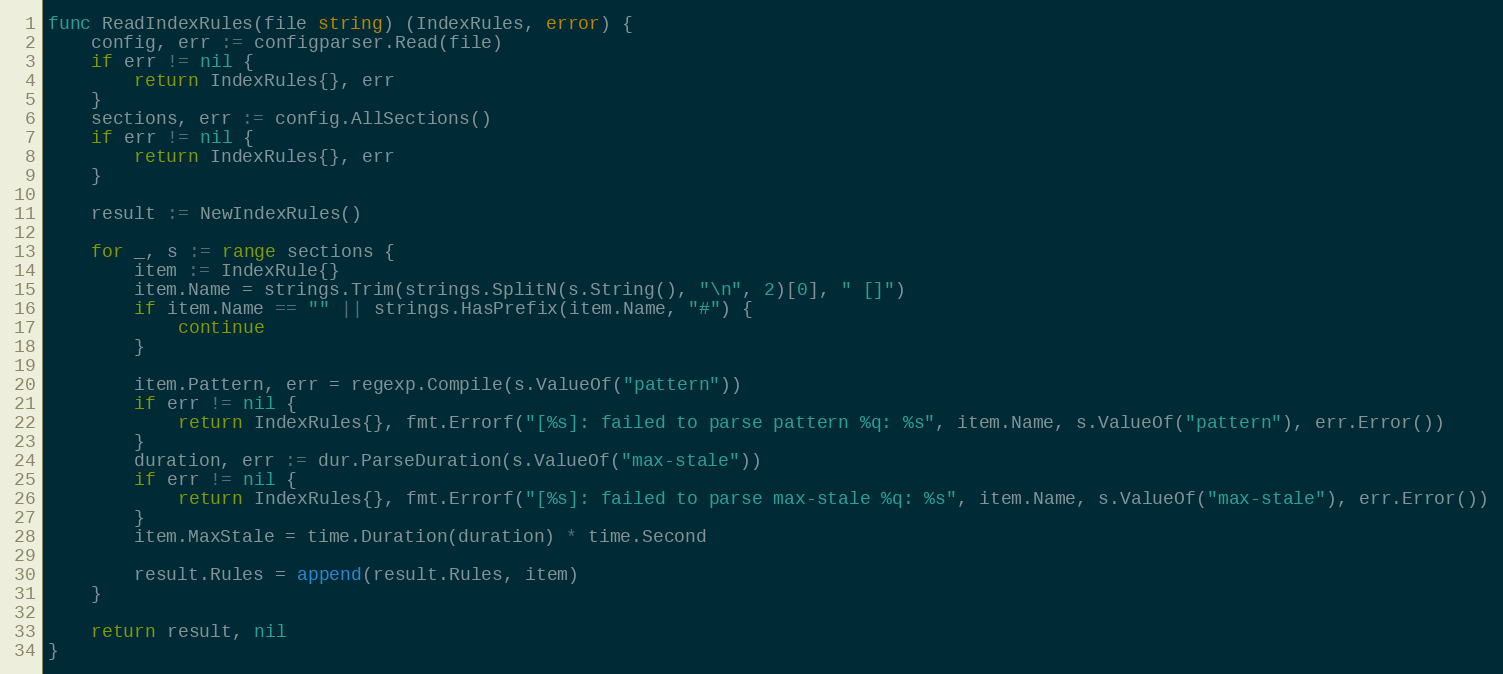
Language: Go
func ReadIndexRules(file string) (IndexRules, error) {
	config, err := configparser.Read(file)
	if err != nil {
		return IndexRules{}, err
	}
	sections, err := config.AllSections()
	if err != nil {
		return IndexRules{}, err
	}

	result := NewIndexRules()

	for _, s := range sections {
		item := IndexRule{}
		item.Name = strings.Trim(strings.SplitN(s.String(), "\n", 2)[0], " []")
		if item.Name == "" || strings.HasPrefix(item.Name, "#") {
			continue
		}

		item.Pattern, err = regexp.Compile(s.ValueOf("pattern"))
		if err != nil {
			return IndexRules{}, fmt.Errorf("[%s]: failed to parse pattern %q: %s", item.Name, s.ValueOf("pattern"), err.Error())
		}
		duration, err := dur.ParseDuration(s.ValueOf("max-stale"))
		if err != nil {
			return IndexRules{}, fmt.Errorf("[%s]: failed to parse max-stale %q: %s", item.Name, s.ValueOf("max-stale"), err.Error())
		}
		item.MaxStale = time.Duration(duration) * time.Second

		result.Rules = append(result.Rules, item)
	}

	return result, nil
}